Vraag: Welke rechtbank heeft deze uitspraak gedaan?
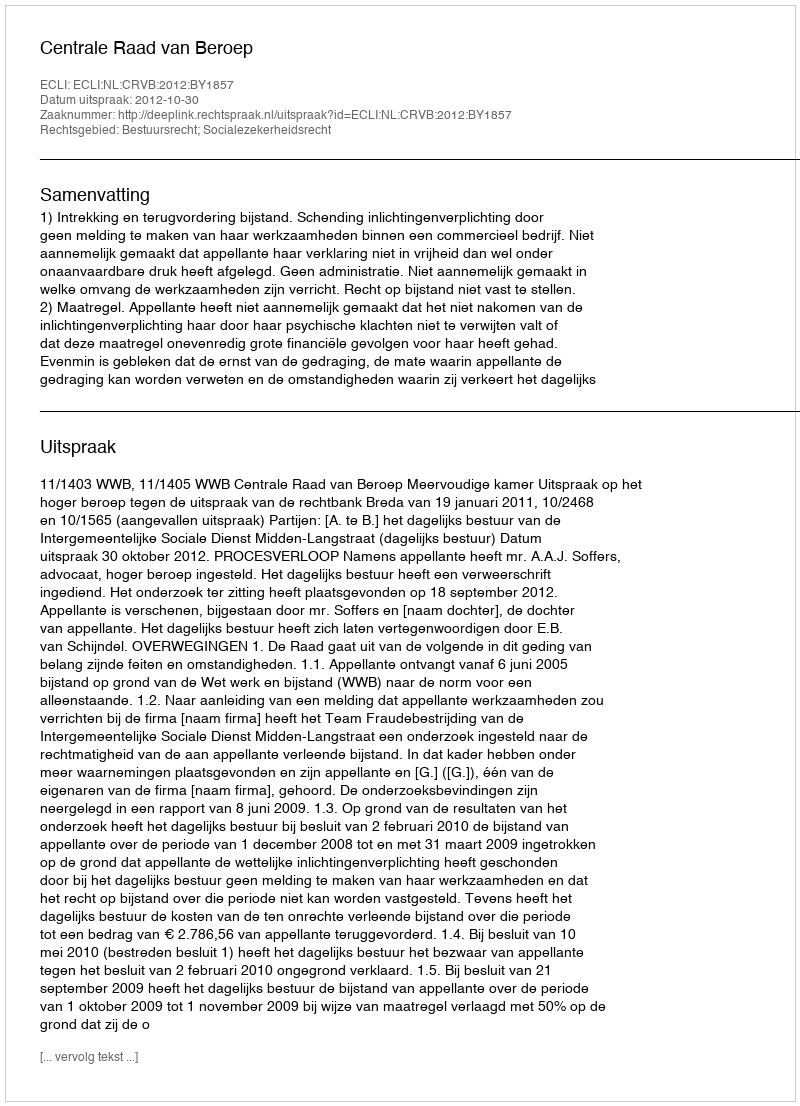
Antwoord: Centrale Raad van Beroep